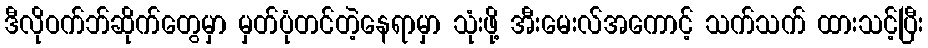
ဒီလိုဝက်ဘ်ဆိုက်တွေမှာ မှတ်ပုံတင်တဲ့နေရာမှာ သုံးဖို့ အီးမေးလ်အကောင့် သက်သက် ထားသင့်ပြီး